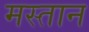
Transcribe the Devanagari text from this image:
मस्‍तान